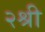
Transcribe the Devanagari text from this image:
२श्री